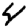
Digit: 4